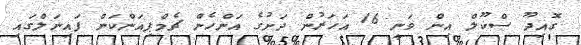
ގޮއިދޫ ސްކޫލް އިން ވަނީ 16 އަހަރުން ދަށުގެ އަންހެން ޗެމްޕިއަންކަން ފައިނަލްގައި